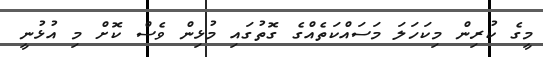
މީގެ ކުރިން މިކަހަލަ މަސައްކަތެއްގެ ގޮތުގައި މުޅިން ވެސް ކޮށް މި އުޅުނީ